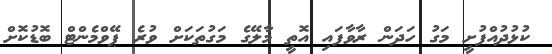
ކުޅުދުއްފުށީ މަގު ހަދަން ރާވާފައި އޮތީ މާލޭގެ މަގުތަކަށް ވުރެ ޕޭވްމެންޓް ބޮޑުކޮށް